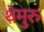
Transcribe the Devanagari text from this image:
थेमुरु